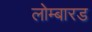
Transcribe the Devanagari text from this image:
लोम्बारड